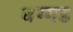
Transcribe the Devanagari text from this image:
बग्‍गड